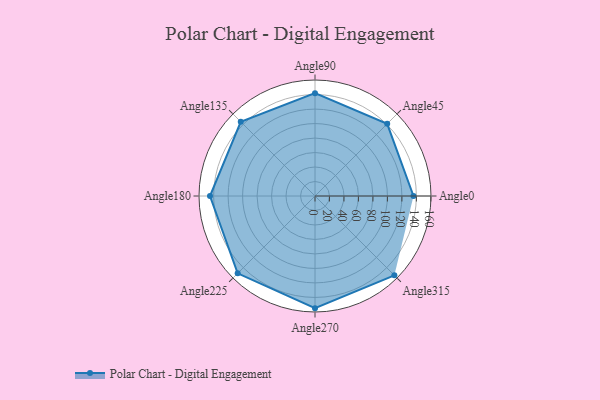
{"axis": {"x": "Angle", "y": "Radius"}, "legend": [""], "data": [{"x": "Angle0", "y": 136.0, "type": ""}, {"x": "Angle45", "y": 141.0, "type": ""}, {"x": "Angle90", "y": 142.0, "type": ""}, {"x": "Angle135", "y": 145.0, "type": ""}, {"x": "Angle180", "y": 145.0, "type": ""}, {"x": "Angle225", "y": 151.0, "type": ""}, {"x": "Angle270", "y": 155.0, "type": ""}, {"x": "Angle315", "y": 155.0, "type": ""}]}